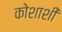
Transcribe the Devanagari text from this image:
कोशाशीं